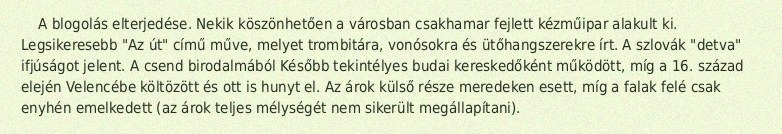
A blogolás elterjedése. Nekik köszönhetően a városban csakhamar fejlett kézműipar alakult ki. Legsikeresebb "Az út" című műve, melyet trombitára, vonósokra és ütőhangszerekre írt. A szlovák "detva" ifjúságot jelent. A csend birodalmából Később tekintélyes budai kereskedőként működött, míg a 16. század elején Velencébe költözött és ott is hunyt el. Az árok külső része meredeken esett, míg a falak felé csak enyhén emelkedett (az árok teljes mélységét nem sikerült megállapítani).